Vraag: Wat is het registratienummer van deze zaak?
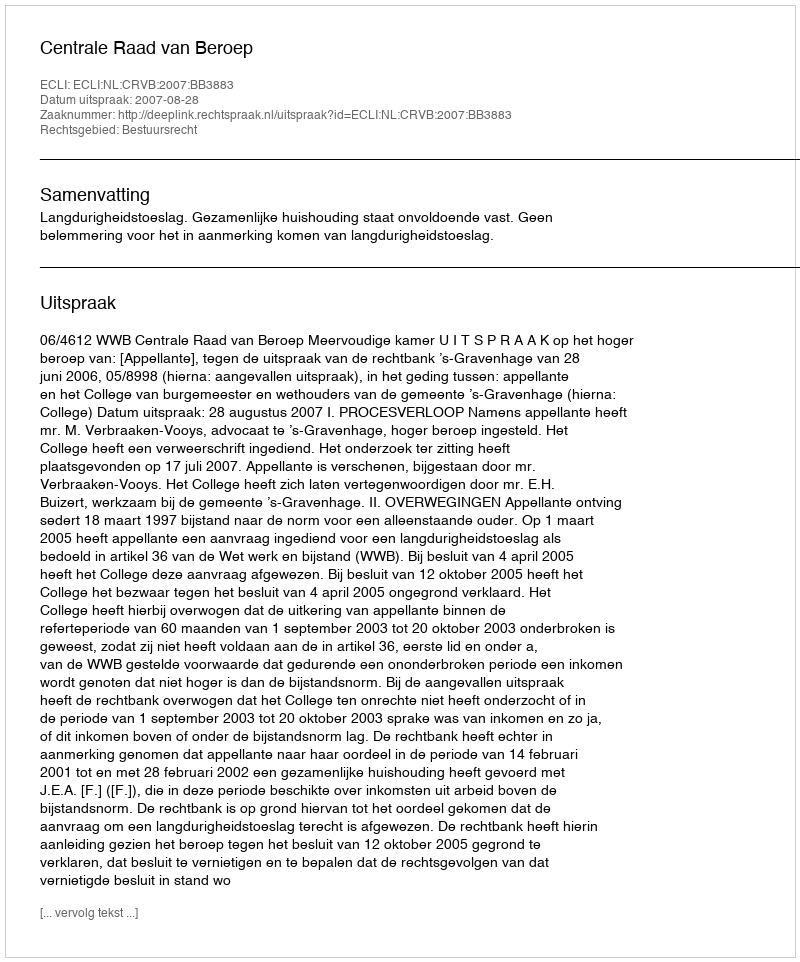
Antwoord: http://deeplink.rechtspraak.nl/uitspraak?id=ECLI:NL:CRVB:2007:BB3883